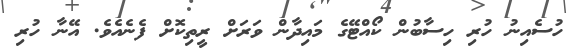
ހުސެއިނު ހުރި ހިސާބުން ކޯއްޓޭގެ މައިދާން ވަރަށް ރީތިކޮށް ފެނެއެވެ. އޭނާ ހުރި